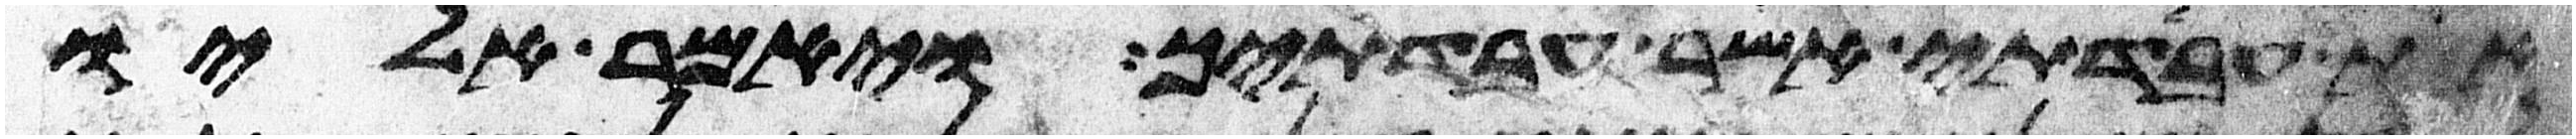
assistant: את עבדתי אשר עבדתיך ויאמר אליו